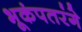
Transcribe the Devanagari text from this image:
भूकंपतरंगे